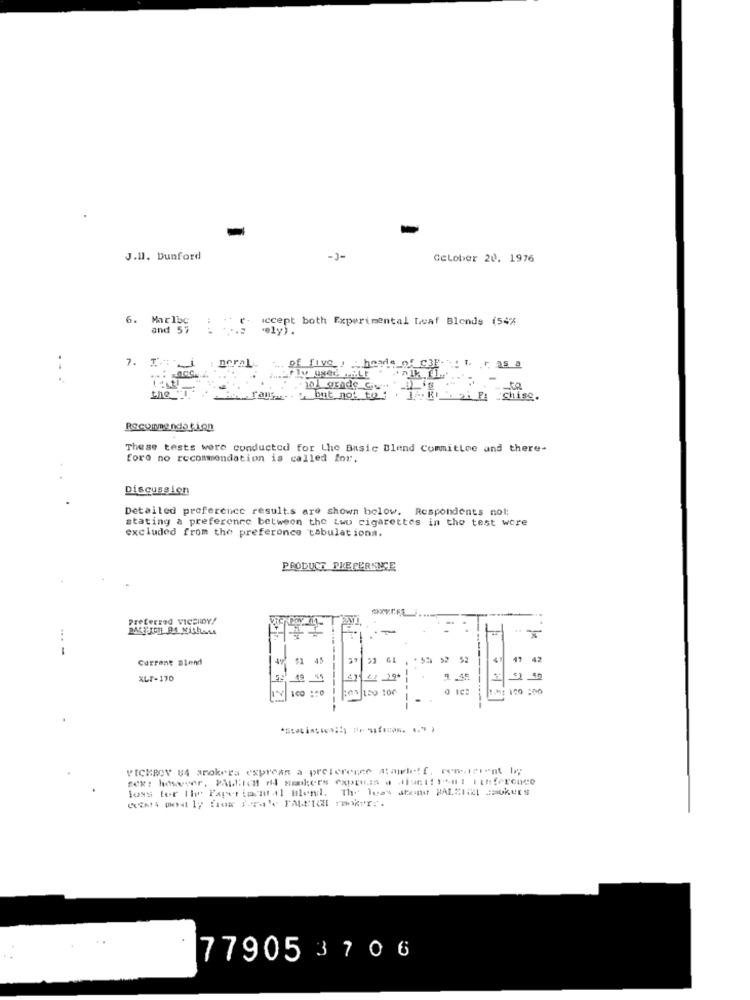
-
J.Il. Dunford
-J-
CcLober 20. 1976
6. Marlbc
accept both Experimental Leaf Blonds (54%
and 57
7. 1
neral of five, heade of C3Fw: F. F. as
ly used .ALE
the "
ran
. but not to:
FOR zi Ri Chise.
Recommendation
These tests were conducted for Lhe Basic Blend Committee and there-
fore no recommendation is called for.
Discussion
Detailed preference results are shown below. Respondents not:
stating a preference between the Lwu cigarettes in the test wore
excluded from the preferonce tabulationa.
PRODUCT PREFERENCE
Preferred VICERIDY!
-
...-
Current Blend
45
47 42
XL7-170
41
-----
FOR LEO 100
PICKROY U4 arokers express a preference atamielf. comarient Wy
tex: however, Pplica dd smokers expres # diant !!* nt Fthference
loss for the Pageetantal Blend. the loss afond DALZIEL CEOKurs
..
77905 3706